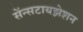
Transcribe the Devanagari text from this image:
सेंन्सटायझेशन